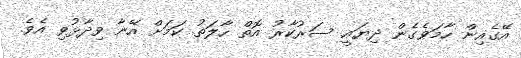
އޭގެއިން ހާމަވެގެން ދިޔައީ ސަރުކާރު އޮތް ހާލަތު ކަމަށް އޭނާ ވިދާޅުވި އެވެ.